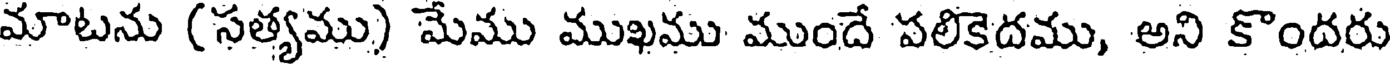
మాటను (సత్యము) మేము ముఖము ముందే పలికెదము, అని కొందరు